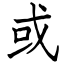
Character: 或